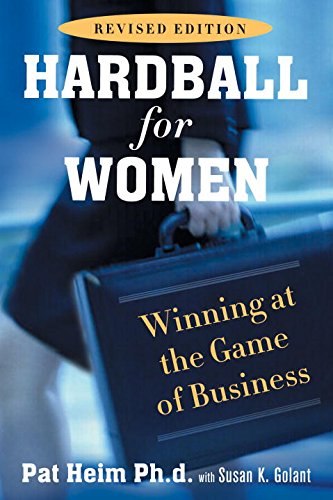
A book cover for Hardball for Women: Revised Edition; Pat Heim; Business & Money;